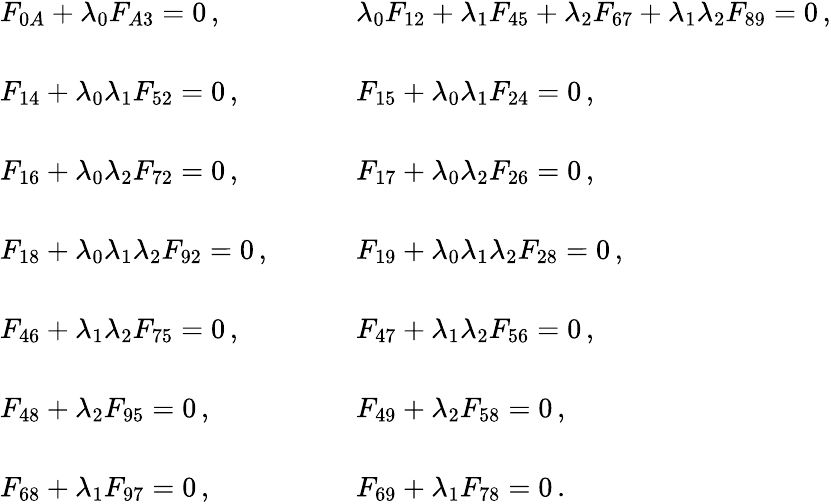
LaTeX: \begin{array}{ll}{{F_{0A}+\lambda_{0}F_{A3}=0\, ,~~~~}}&{{~~~~\lambda_{0}F_{12}+\lambda_{1}F_{45}+\lambda_{2}F_{67}+\lambda_{1}\lambda_{2}F_{89}=0\, ,}}\\ {{{}}}&{{{}}}\\ {{{}F_{14}+\lambda_{0}\lambda_{1}F_{52}=0\, ,~~~~}}&{{~~~~F_{15}+\lambda_{0}\lambda_{1}F_{24}=0\, ,}}\\ {{{}}}&{{{}}}\\ {{{}F_{16}+\lambda_{0}\lambda_{2}F_{72}=0\, ,~~~~}}&{{~~~~F_{17}+\lambda_{0}\lambda_{2}F_{26}=0\, ,}}\\ {{{}}}&{{{}}}\\ {{{}F_{18}+\lambda_{0}\lambda_{1}\lambda_{2}F_{92}=0\, ,~~~~}}&{{~~~~F_{19}+\lambda_{0}\lambda_{1}\lambda_{2}F_{28}=0\, ,}}\\ {{{}}}&{{{}}}\\ {{{}F_{46}+\lambda_{1}\lambda_{2}F_{75}=0\, ,~~~~}}&{{~~~~F_{47}+\lambda_{1}\lambda_{2}F_{56}=0\, ,}}\\ {{{}}}&{{{}}}\\ {{{}F_{48}+\lambda_{2}F_{95}=0\, ,~~~~}}&{{~~~~F_{49}+\lambda_{2}F_{58}=0\, ,}}\\ {{{}}}&{{{}}}\\ {{{}F_{68}+\lambda_{1}F_{97}=0\, ,~~~~}}&{{~~~~F_{69}+\lambda_{1}F_{78}=0\, .}}\end{array}